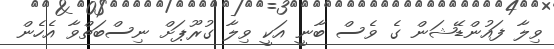
ވިލާ ފައުންޑޭޝަން ގެ ވެސް ބާނީ އަކީ ވިލާ ގުރޫޕަށް ނިސްބަތްވާ އެހެން